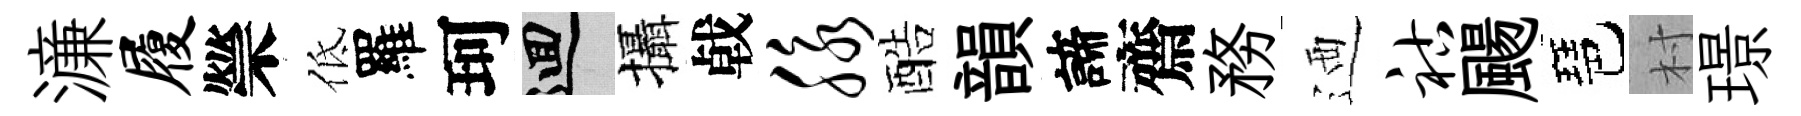
濓履禜低羅珂回攝㦸脉酷韻諦齋務迺祜颺琶村璟